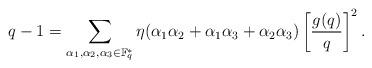
LaTeX: \begin{align*}q-1 = \sum_{\alpha_1,\alpha_2,\alpha_3 \in \mathbb F^*_q} \eta(\alpha_1\alpha_2+\alpha_1\alpha_3+\alpha_2\alpha_3) \left[ \frac{g(q)}q\right]^2.\end{align*}